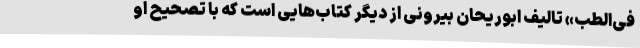
فی‌الطب» تالیف ابوریحان بیرونی از دیگر کتاب‌هایی است که با تصحیح او